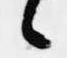
候